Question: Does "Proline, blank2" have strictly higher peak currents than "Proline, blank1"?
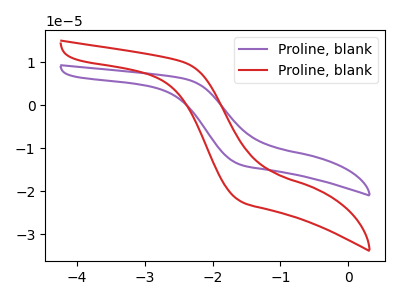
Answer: <think>The purple curve "Proline, blank1" has no peaks. The red curve "Proline, blank2" has no peaks.</think>
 <answer>Niether CV has any peaks.</answer>
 <eval>blanks</eval>